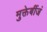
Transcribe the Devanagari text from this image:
मुक्तेर्बीजं